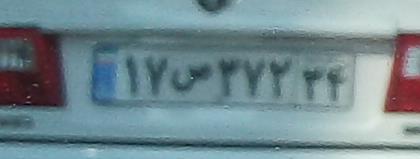
۱۷ص۳۲۷۳۴